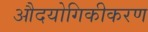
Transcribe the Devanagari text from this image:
औदयोगिकीकरण